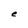
Character: e